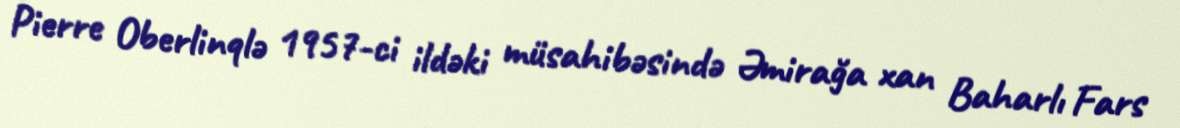
Pierre Oberlinqlə 1957-ci ildəki müsahibəsində Əmirağa xan Baharlı Fars